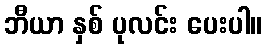
ဘီယာ နှစ် ပုလင်း ပေးပါ။